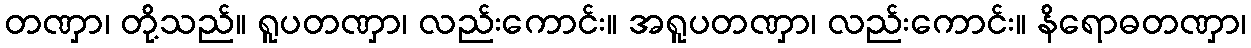
တဏှာ၊ တို့သည်။ ရူပတဏှာ၊ လည်းကောင်း။ အရူပတဏှာ၊ လည်းကောင်း။ နိရောဓတဏှာ၊